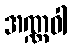
အဏ္ဏဝါ